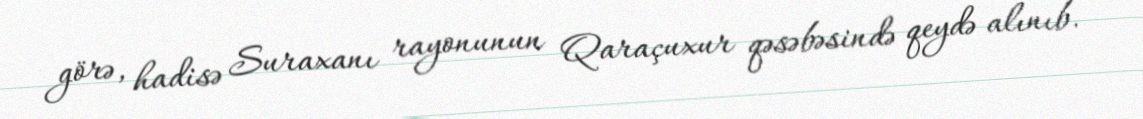
görə, hadisə Suraxanı rayonunun Qaraçuxur qəsəbəsində qeydə alınıb.